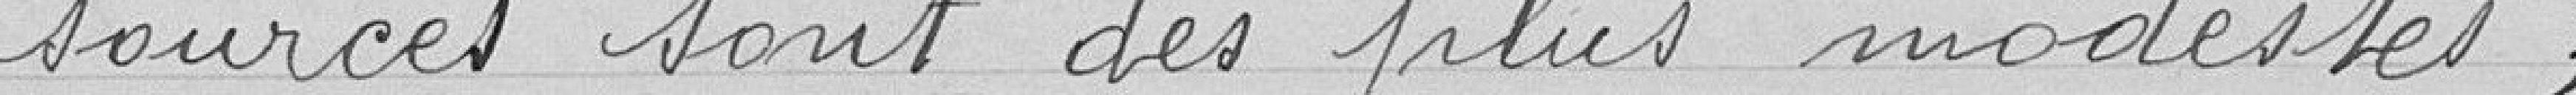
sources sont des plus modestes.